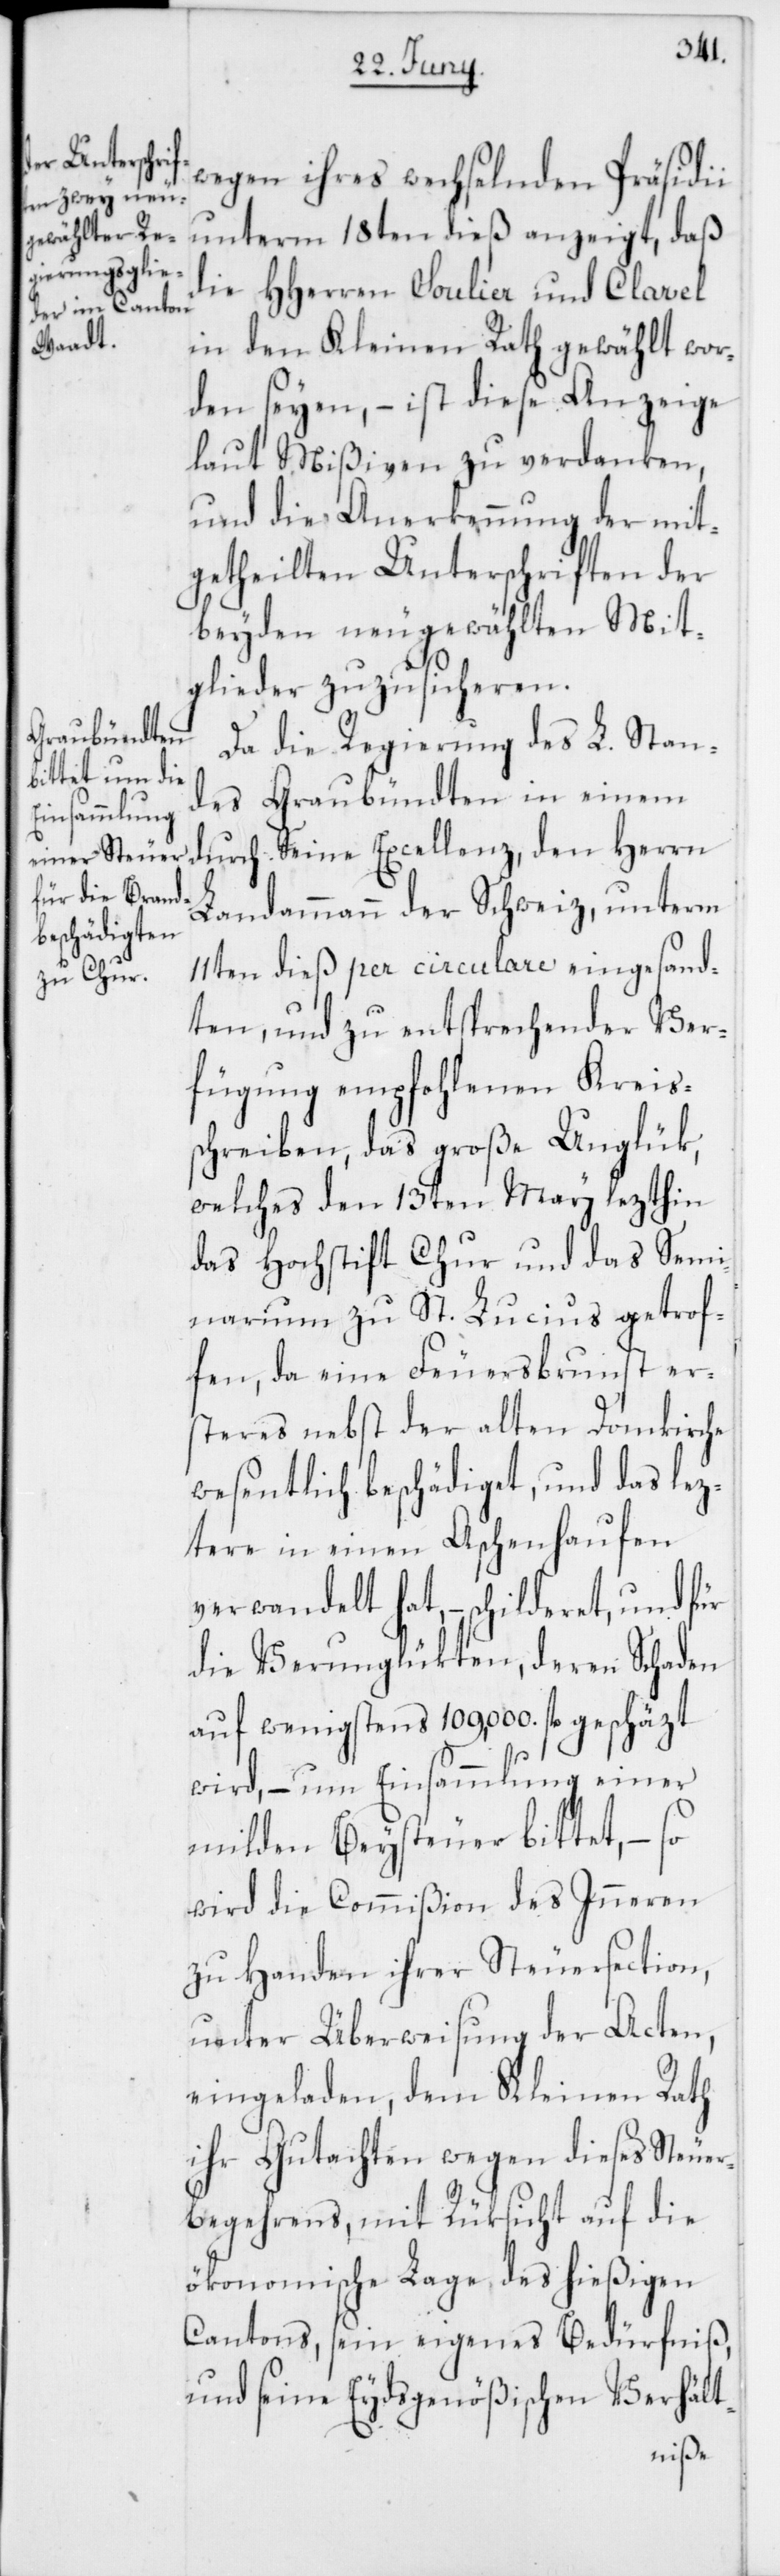
wegen ihres wechselnden Präsidii
unterm 18ten dieß anzeigt, daß
die HHerren Soulier und Clavel
in den Kleinen Rath gewählt wor¬
den seyen, – ist diese Anzeige
laut Mißiven zu verdanken,
und die Anerkennung der mit¬
getheilten Unterschriften der
beyden neugewählten Mit¬
glieder zuzusicheren.
Da die Regierung des L. Stan¬
des Graubündten in einem
durch Seine Excellenz, den Herrn
Landammann der Schweiz, unterm
11ten dieß per circulare eingesand¬
ten, und zu entsprechender Ver¬
fügung empfohlenen Kreiss¬
chreiben, das große Unglük,
welches den 13ten May lezthin
das Hochstift Chur und das Semi¬
narum zu St. Lucius getrof¬
fen, da eine Feuersbrunst er¬
steres nebst der alten Domkirche
wesentlich beschädiget, und das lez¬
tere in einen Aschenhaufen
verwandelt hat, – schilderet, und für
die Verunglükten, deren Schaden
auf wenigstens 109,000. fl. geschäzt
wird, – um Einsammlung einer
milden Beysteuer bittet, – so
wird die Commißion des Inneren
zu Handen ihrer Steuersection,
unter Überweisung der Acten,
eingeladen, dem Kleinen Rath
ihr Gutachten wegen dieses Steuer¬
begehrens, mit Rüksicht auf die
ökonomische Lage des hießigen
Cantons, sein eigenes Bedürfniß,
und seine Eydsgenößischen Verhält-